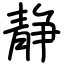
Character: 静